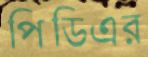
পিডিএর